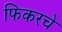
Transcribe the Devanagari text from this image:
फिकरचे